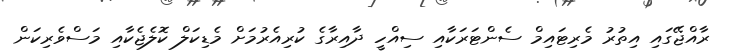
ރާއްޖޭގައި އިތުރު މެރިޓައިމް ސެންޓަރަކާއި ސިއްހީ ދާއިރާގެ ކުރިއެރުމަށް މެޑިކަލް ކޮލެޖެކާއި މަސްވެރިކަން